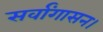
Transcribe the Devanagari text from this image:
सर्वांगासन।